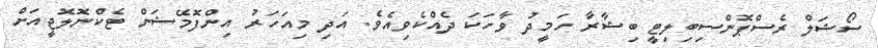
ސޯޝަލް ރެސްޕޮންސިބިލިޓީ ބިޝާރާ ހަމީދު ވާހަކަ ދެއްކެވިއެވެ. އަދި މިއަހަރު އިންފޮމޭޝަން ޓެކްނޮލޮޖީއަށް